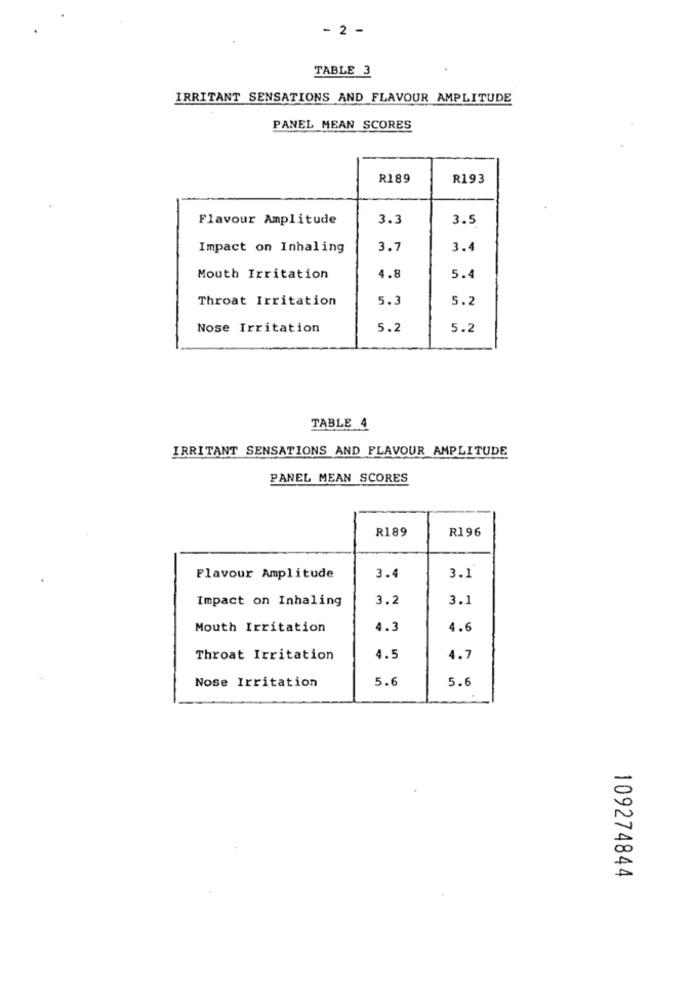
- 2 -
TABLE 3
IRRITANT SENSATIONS AND FLAVOUR AMPLITUDE
PANEL MEAN SCORES
R189
R193
Flavour Amplitude
3.3
3.5
Impact on Inhaling
3.7
3.4
Mouth Irritation
4.8
5.4
Throat Irritation
5.3
5.2
Nose Irritation
5.2
5.2
TABLE 4
IRRITANT SENSATIONS AND FLAVOUR AMPLITUDE
PANEL MEAN SCORES
R189
R196
3.4
Flavour Amplitude
3.1
Impact on Inhaling
3.2
3.1
Mouth Irritation
4.3
4.6
Throat Irritation
4.5
4.7
Nose Irritation
5.6
5.6
109274844